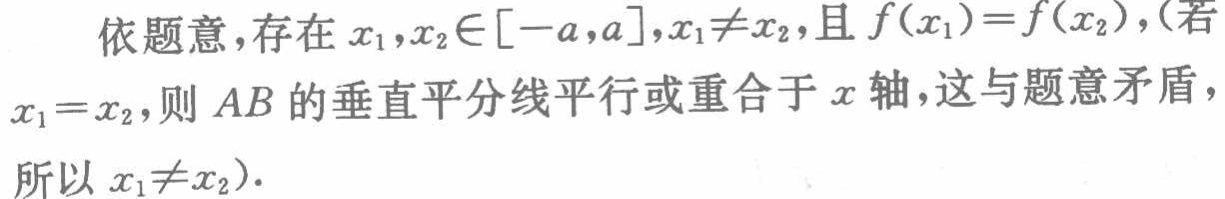
依题意，存在 \(x_1,x_2\in[-a,a],x_1\neq x_2\)，且 \(f(x_1)=f(x_2)\)，（若 \(x_1 = x_2\)，则 \(AB\) 的垂直平分线平行或重合于 \(x\) 轴，这与题意矛盾，所以 \(x_1\neq x_2\)）.